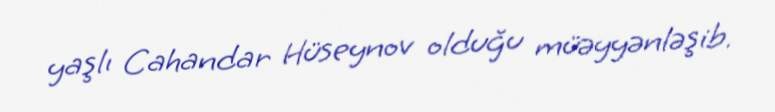
yaşlı Cahandar Hüseynov olduğu müəyyənləşib.